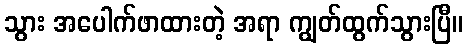
သွား အပေါက်ဖာထားတဲ့ အရာ ကျွတ်ထွက်သွားပြီ။